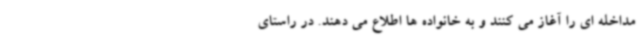
مداخله ای را آغاز می کنند و به خانواده ها اطلاع می دهند. در راستای